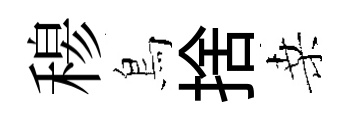
𥠇鳥捨桑